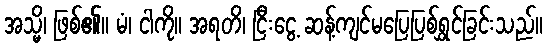
အသ္မိ၊ ဖြစ်၏။ မံ၊ ငါကို။ အရတိ၊ ငြီးငွေ့ ဆန့်ကျင်မပြေပြစ်ရွှင်ခြင်းသည်။